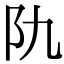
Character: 𨸒